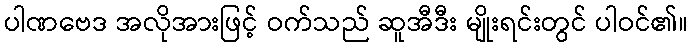
ပါဏဗေဒ အလိုအားဖြင့် ဝက်သည် ဆူအီဒီး မျိုးရင်းတွင် ပါဝင်၏။